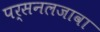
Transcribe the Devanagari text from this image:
पर्सनलजावा